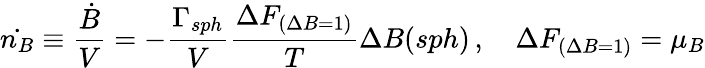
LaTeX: \dot{n_{B}}\equiv\frac{\dot{B}}{V}=-\frac{\Gamma_{sph}}{V}{\frac{\Delta F_{(\Delta B=1)}}{T}}\Delta B(sph)\, ,\quad\Delta F_{(\Delta B=1)}=\mu_{B}